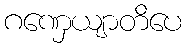
ဂဏှေယျာတိပေ